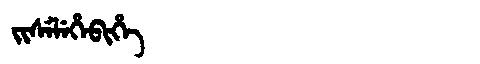
Manchu: ᠵᡳᠰᡝᠯᡝᡥᡝᠪᡳᡥᡝ
Romanization: JISELEHEBIHE